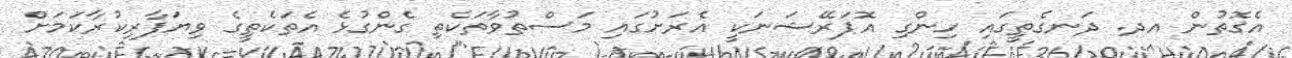
އެގޮތުން އދ. ދަނގެތީގައި ހިންގި އޮޕަރޭޝަނަކީ އެރަށުގައި މަސްތުވާތަކެތި ގެންގުޅެ އެތަކެތީގެ ވިޔަފާރިކުރާކަމަށް